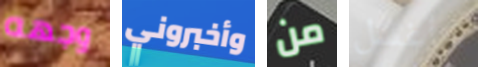
وجهه وأخبروني من سأغسل